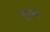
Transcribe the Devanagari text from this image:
गुग्गा